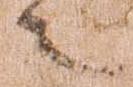
之